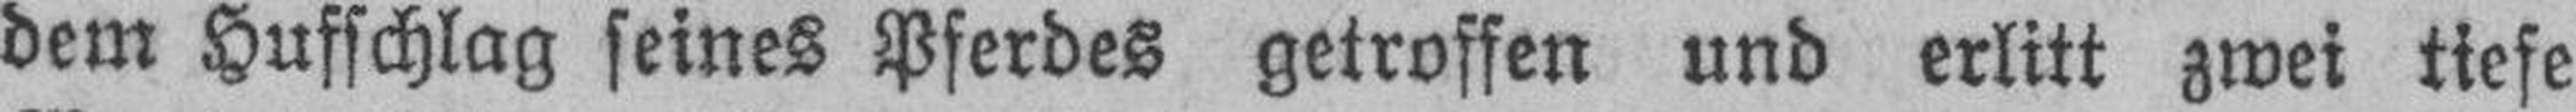
dem Hufschlag seines Pferdes getroffen und erlitt zwei tiefe